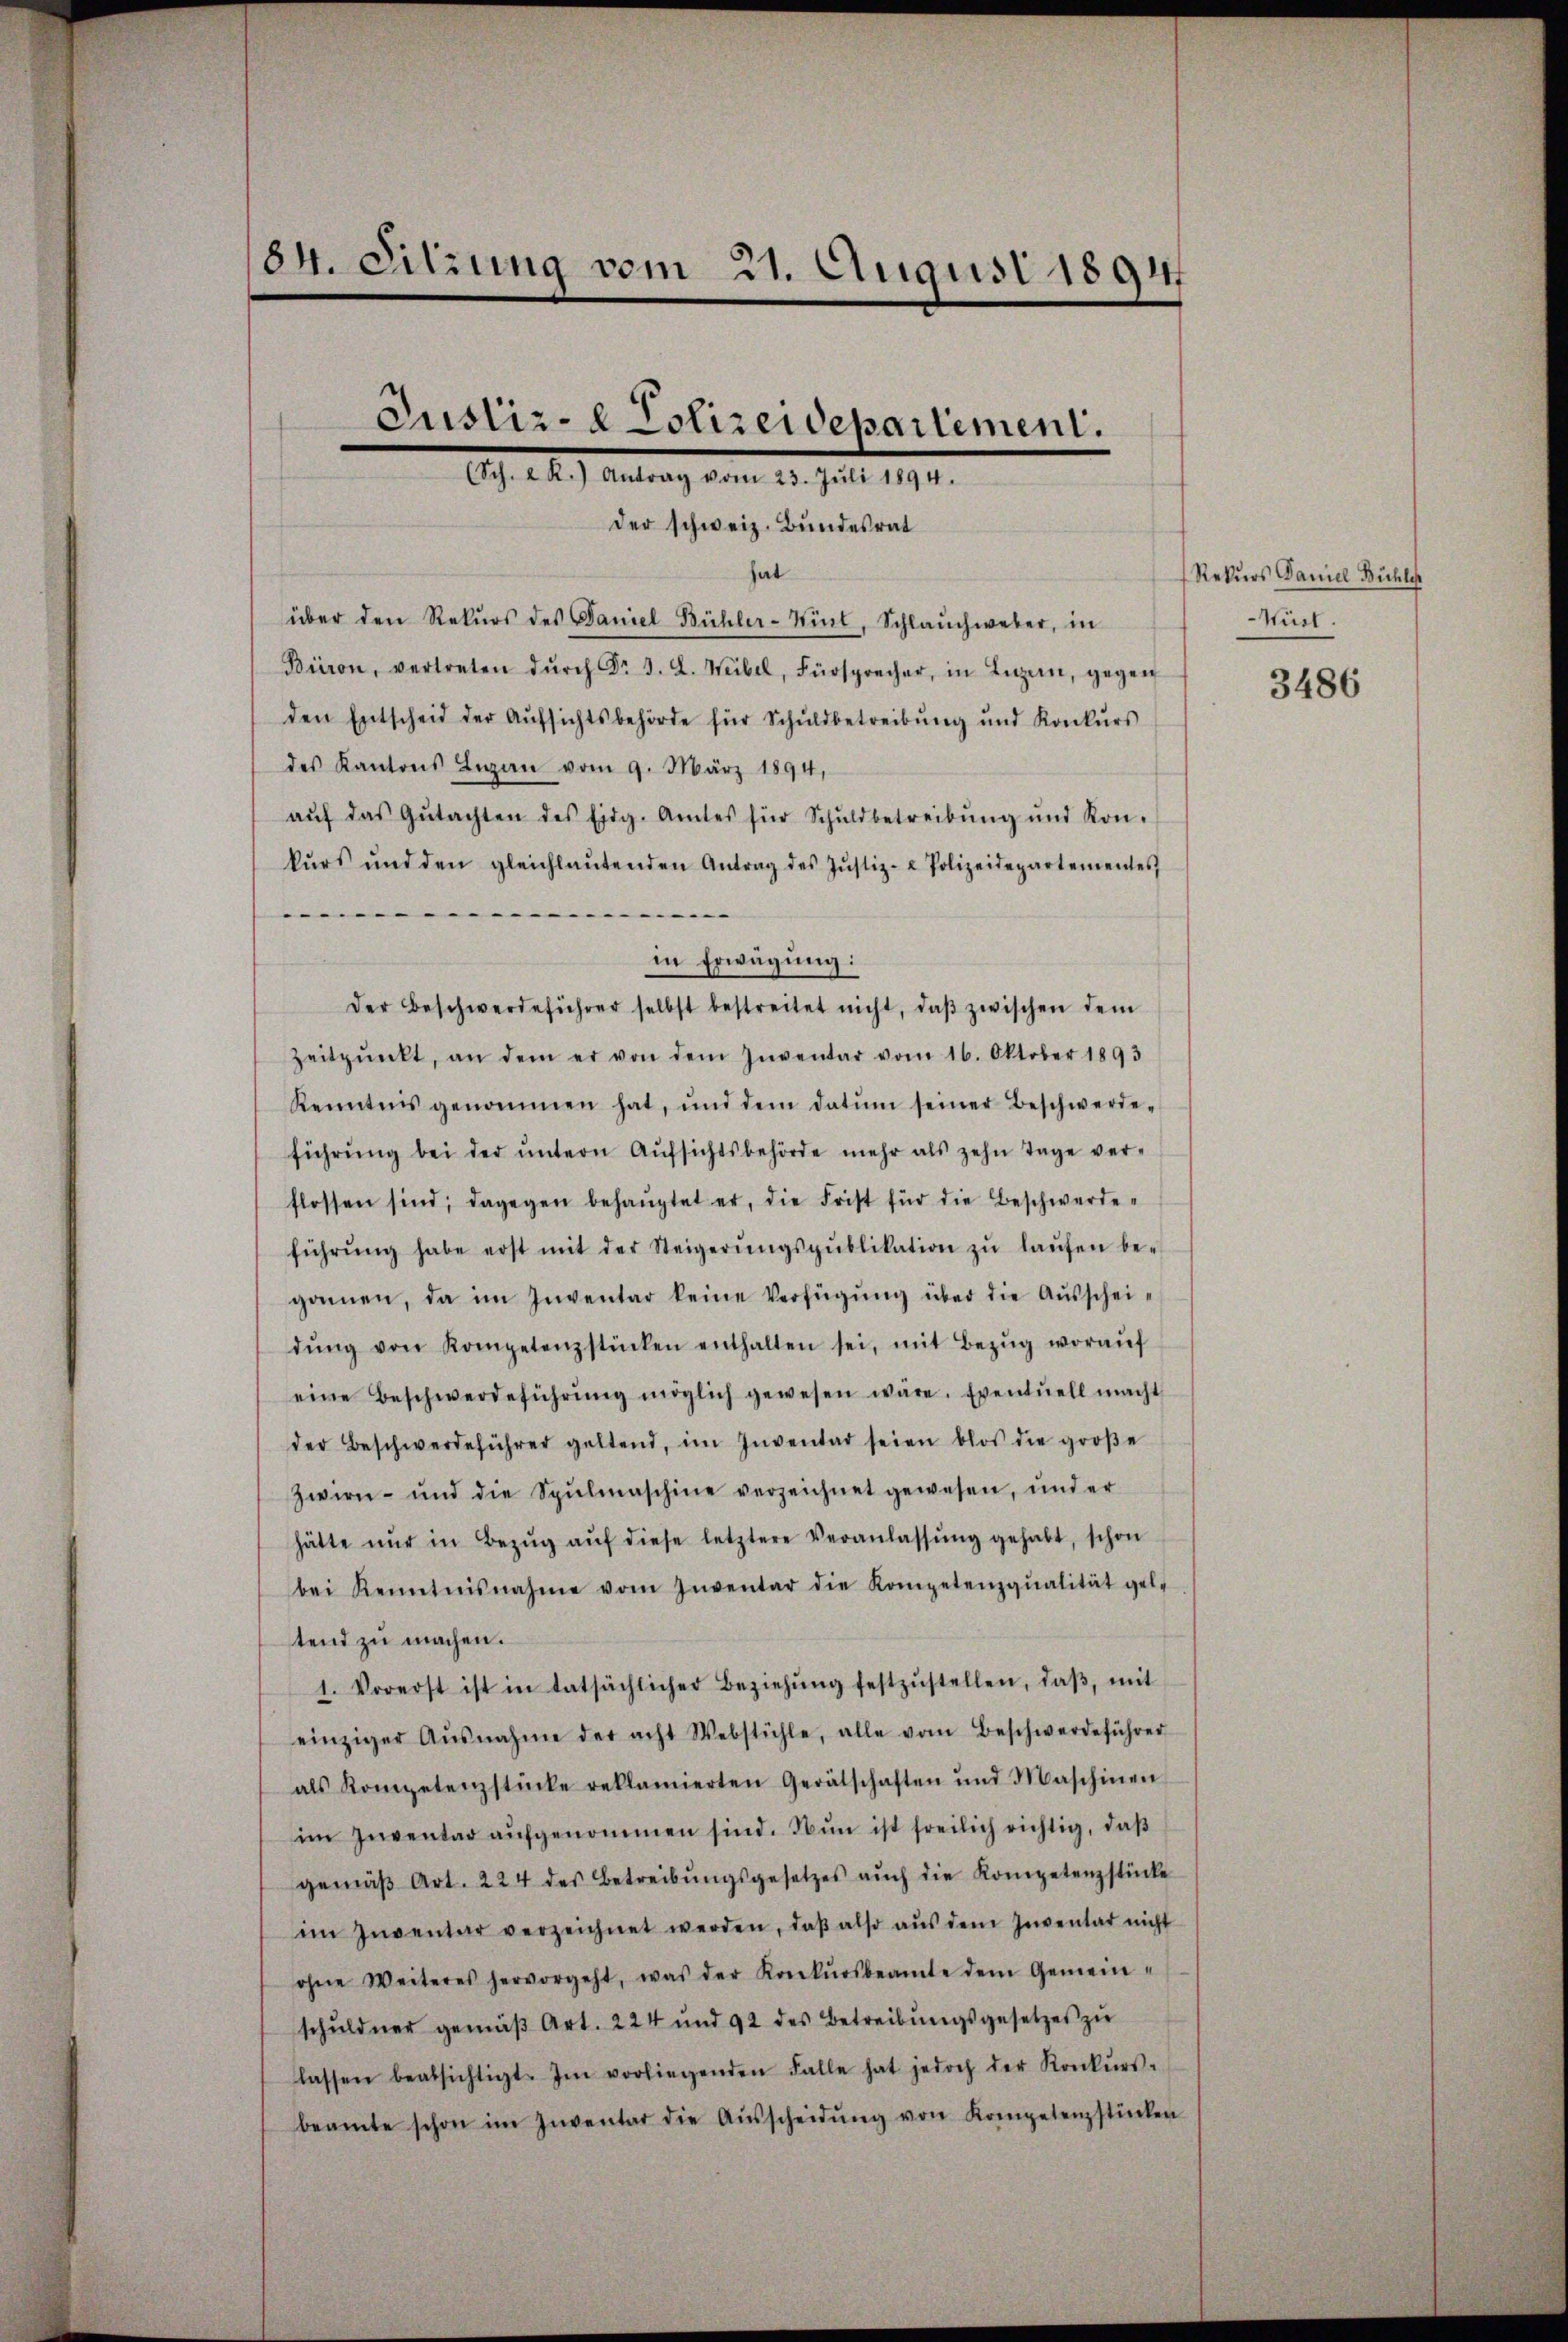
84. Sitzung vom 21. August 1894
Justiz- & Polizeidepartement.
(Sch. 2. R.) Antrag vom 23. Jŭli 1894.

der schweiz. Bundesrat

hat
über den Rekŭrs des Daniel Bühler-Sinl, Schlauchweber, in
Büron, vertreten dŭrch Dr J. L. Weibel, Fürsprecher, in Lŭzern, gegen
den Entscheid der Aŭfsichtsbehörde für Schŭldbetreibŭng ŭnd Konkŭrs
des Kantons Ligen vom 9. März 1894,
aŭf das Gŭtachten des Eidg. Amtes für Schuldbetreibŭng ŭnd Kon-
kŭrs und den gleichlaŭtenden Antrag des Jŭstiz- & Polizeidepartementes
.
in Erwägung:
Der Beschwerdeführer selbst bestreitet nicht, daβ zwischen dem
Zeitpŭnkt, an dem er von dem Inventar vom 16. Oktober 1893
Kenntnis genommen hat, und dem datum seiner Beschwerde-
führŭng bei der ŭntern Aŭfsichtsbehörde mehr als zehn Tage ver-
flossen sind; dagegen behaŭptet er, die Frist für die Beschwerde-
führŭng habe erst mit der Steigerŭngspŭblikation zŭ laŭfen be-
gannen, da im Inventar keine Verfügung über die Ausscheidŭng von Kompetenzstücken enthalten sei, mit Bezŭg woraŭf
eine Beschwerdeführŭng möglich gewesen wäre. Eventuell macht
der Beschwerdeführer geltend, im Inventar seien blos die groβe
Zwirn- und die Spŭlmaschine verzeichnet gewesen, und er
hätte nŭr in Bezŭg aŭf diese letztere Veranlassŭng gehabt, schon
bei Kenntnisnahme vom Inventar die Kompetenzqualität gel-
tend zu machen.
1. Vorerst ist in tatsächlicher Beziehŭng festzŭstellen, daβ, mit
einziger Ausnahme der acht Webstühle, alle vom Beschwerdeführer
als Kompetenzstücke reklamierten Gerätschaften und Maschinen
im Inventar aŭfgenommen sind. Nun ist freilich richtig, daβ
gemäβ Art. 224 des Betreibŭngsgesetzes aŭch die Kompetenzstücke
im Inventar verzeichnet werden, daβ also aŭs dem Inventar nicht
ohne Weiteres hervorgeht, was der Konkŭrsbeamte dem Gemein-
schŭldner gemäβ Art. 224 und 92 des Betreibŭngsgesetzes zŭ
lassen beabsichtigt. Im vorliegenden Falle hat jedoch der Konkŭrs-
beamte schon im Inventar die Aŭsscheidŭng von Kompetenzstücken

Rekurs Daniel Bühle
Würl.

3486